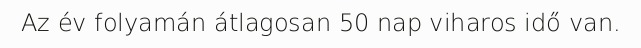
Az év folyamán átlagosan 50 nap viharos idő van.